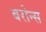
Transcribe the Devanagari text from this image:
बरोन्स